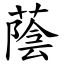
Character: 蔭